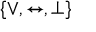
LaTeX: \{ \lor , \leftrightarrow , \bot \}